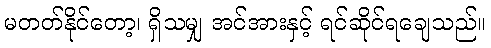
မတတ်နိုင်တော့၊ ရှိသမျှ အင်အားနှင့် ရင်ဆိုင်ရချေသည်။